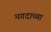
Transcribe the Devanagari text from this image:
नगदाच्या